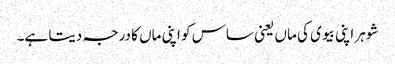
شوہر اپنی بیوی کی ماں یعنی ساس کو اپنی ماں کا درجہ دیتا ہے۔